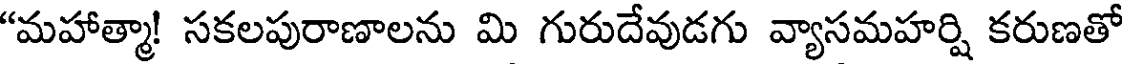
"మహాత్మా! సకలపురాణాలను మి గురుదేవుడగు వ్యాసమహర్షి కరుణతో